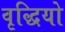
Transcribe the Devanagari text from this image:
वृद्धियो